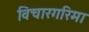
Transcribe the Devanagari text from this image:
विचारगरिमा